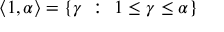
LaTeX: \langle 1 , \alpha \rangle = \{ \gamma \ : \ 1 \leq \gamma \leq \alpha \}